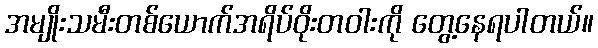
အမျိုးသမီးတစ်ယောက်အရိပ်ဝိုးတဝါးကို တွေ့နေရပါတယ်။